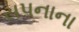
સપનાના